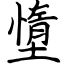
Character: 墯